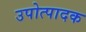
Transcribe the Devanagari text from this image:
उपोत्पादक